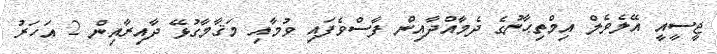
ޖީސީއީ އޭލެވެލް އިމްތިޙާނުގެ ދެމާއްދާއިން ފާސްވެފައި ވުމާއި މަޤާމާގުޅޭ ދާއިރާއިން 2 އަހަރު